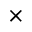
\times